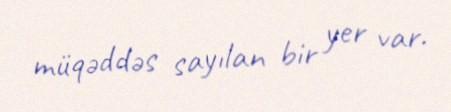
müqəddəs sayılan bir yer var.